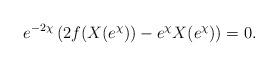
LaTeX: \begin{align*} e^{-2\chi} \left( 2f(X(e^\chi)) - e^\chi X(e^\chi) \right) = 0.\end{align*}